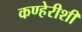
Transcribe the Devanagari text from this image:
कण्हेरीशी